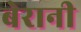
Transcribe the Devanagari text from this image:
बेरानी